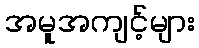
အမူအကျင့်များ